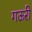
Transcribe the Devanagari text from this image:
गऊरी